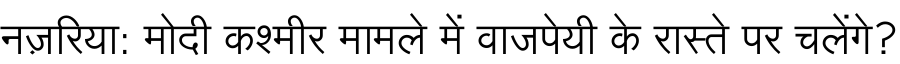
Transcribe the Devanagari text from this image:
नज़रिया: मोदी कश्मीर मामले में वाजपेयी के रास्ते पर चलेंगे?